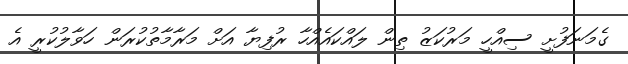
ގެމަނަފުށީ ސިއްހީ މަރުކަޒު ތިން ލައްކައެއްހާ ރުފިޔާ އަށް މަރާމާތުކުރަން ހަވާލުކުރީ އެ